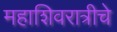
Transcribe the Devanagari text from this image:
महाशिवरात्रीचे